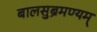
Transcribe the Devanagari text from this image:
बालसुब्रमण्यम्